Leningradi_Edasi_toimetus, lk 50
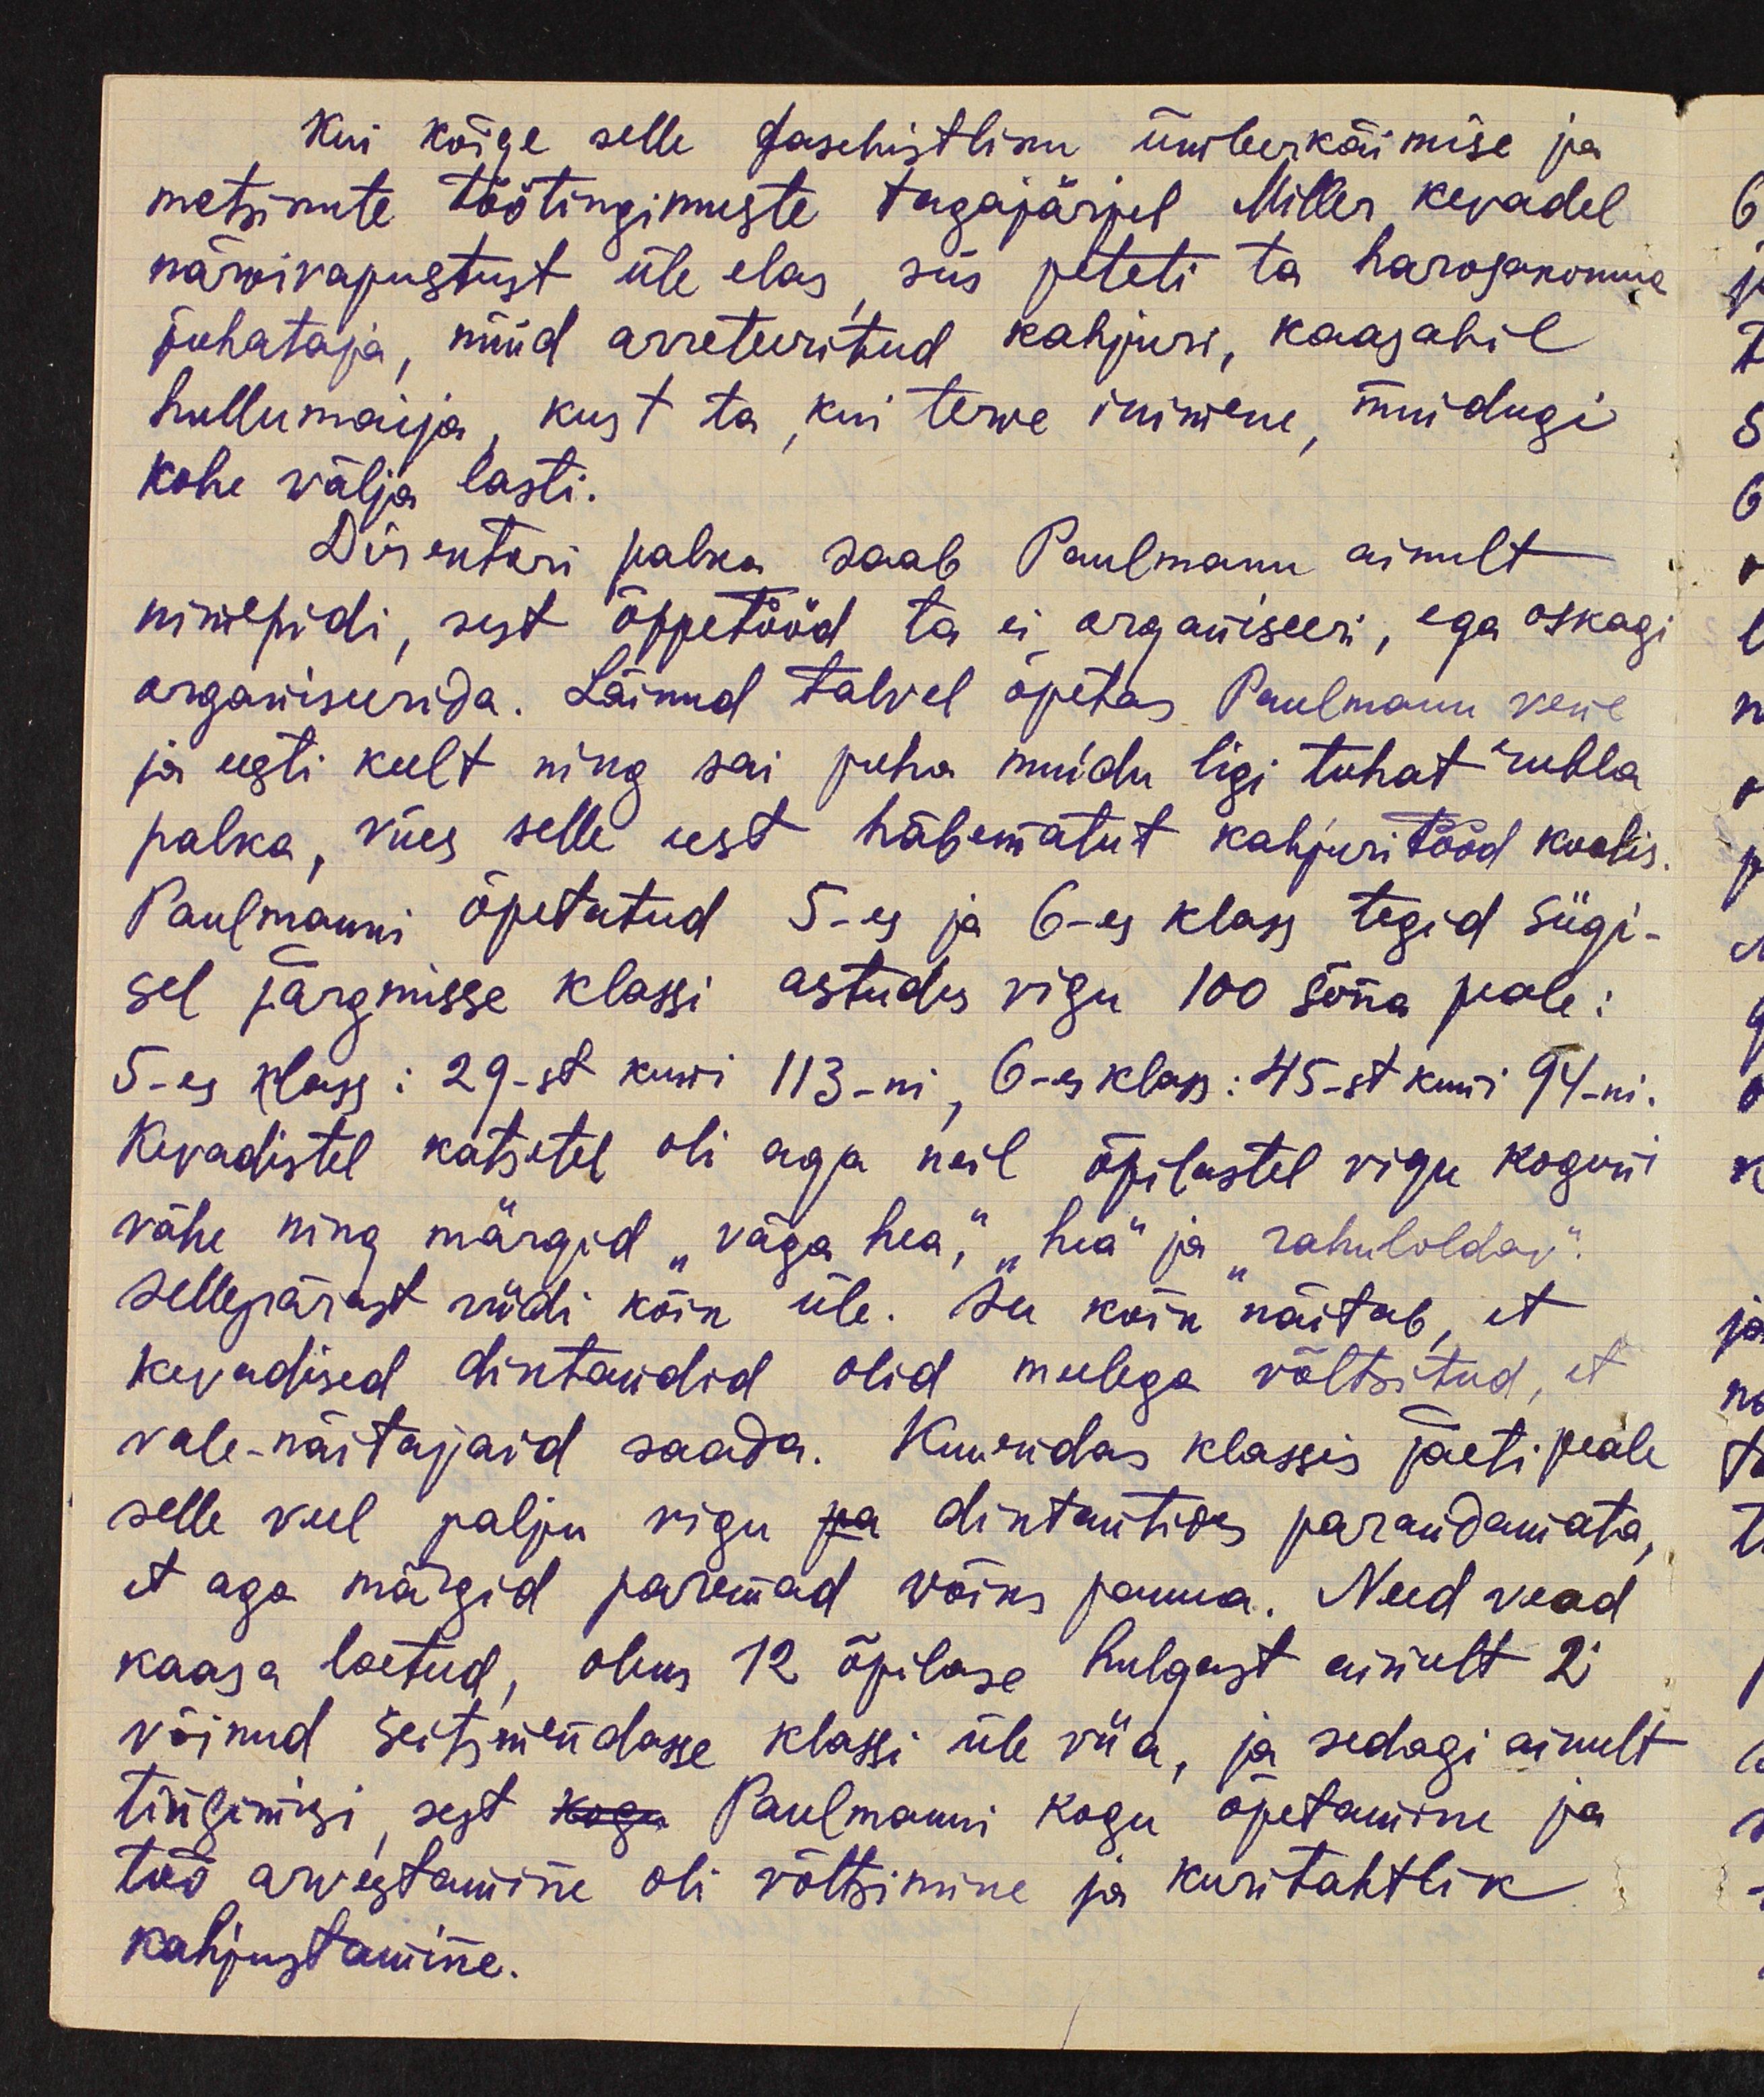
kui kõige selle faschistliku ümberkäimise ja
metsikute töötingimuste tagajärjel Miller kevadel
närvivapustust üle elas siis peteti ta harosakonna
juhataja, nüüd arreteeritud kahjuri, kaasabil
hullumaija, kust ta, kui terwe inimene, muidugi
kohe välja lasti.
Direktori palka saab Paulmann ainult
nimepidi, sest õppetööd ta ei organiseeri, ega oskagi
organiseerida. Läinud talvel õpetas Paulmann vene
ja eesti keelt ning sai puha muidu ligi tuhat rubla
palka, viies selle eest häbematut kahjuritööd koolis.
Paulmanni õpetatud 5-es ja 6-es klass tegid sügi-
sel järgmisse klassi astudes vigu 100 sõna peale:
5-es kass: 29-st kuni 113-ni, 6-es klass: 45-st kuni 94-ni.
Kevadistel katsetel oli aga neil õpilastel vigu koguni
vähe ning märgid "väga hea," "hea" ja rahuloldav".
sellepärast viidi kõik üle. See kõik näitab, et
kevadised diktandid olid meelega võltsitud, et
vale-näitajaid saada. Kuuendas klassis jäeti peale
selle veel palju vigu ja diktantides parandamata,
et aga märgid paremad võiks panna. Need vead
kaasa loetud, oleks 12 õpilase hulgast ainult 2
võinud seitsmendasse klassi üle viia, ja sedagi ainult
tingimisi, sest kogu Paulmanni kogu õpetamine ja
töö arvestamine oli võltsimine ja kuritahtlik
kahjustamine.